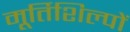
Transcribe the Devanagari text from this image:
मूर्तिशिल्पों